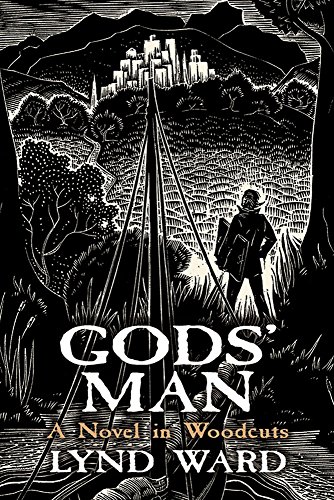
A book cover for Gods' Man: A Novel in Woodcuts (Dover Fine Art, History of Art); Lynd Ward; Comics & Graphic Novels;